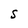
Character: S